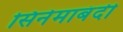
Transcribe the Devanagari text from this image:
सिनेमाबंदी